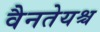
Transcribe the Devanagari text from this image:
वैनतेयश्च